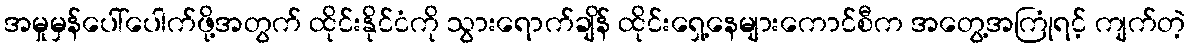
အမှုမှန်ပေါ်ပေါက်ဖို့အတွက် ထိုင်းနိုင်ငံကို သွားရောက်ချိန် ထိုင်းရှေ့နေများကောင်စီက အတွေ့အကြုံရင့် ကျက်တဲ့